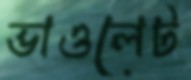
ভাওলেট